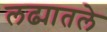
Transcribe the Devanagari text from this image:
लढ्यातले